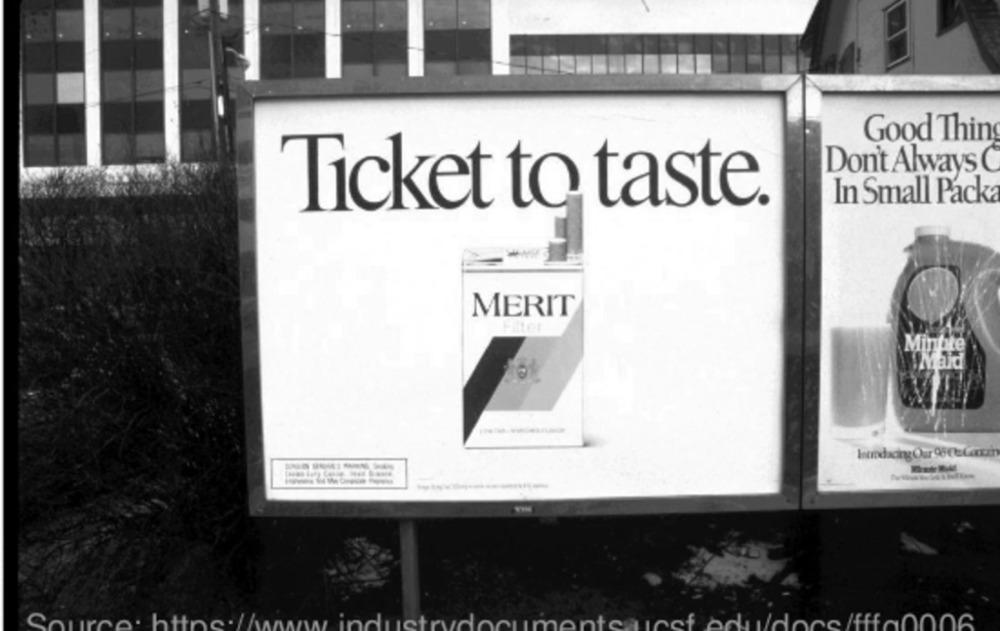
Good Thing
Don't Always C
In Small Packa
Ticket to taste.
MERIT
Filter
Mintite
Maid
Introducing Our 96 Ce Carran